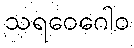
သရဝေဂေါဝ